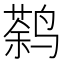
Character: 𱊠